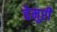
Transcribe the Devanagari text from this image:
वेमुरी